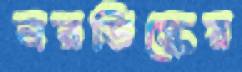
নরডিস্কের